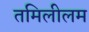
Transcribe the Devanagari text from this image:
तमिलीलम